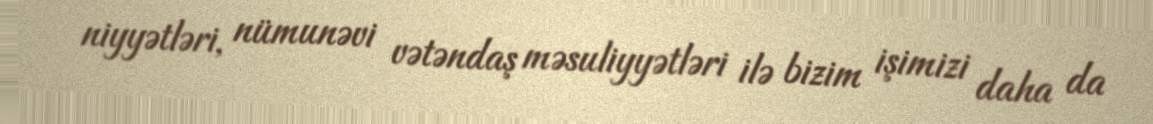
niyyətləri, nümunəvi vətəndaş məsuliyyətləri ilə bizim işimizi daha da